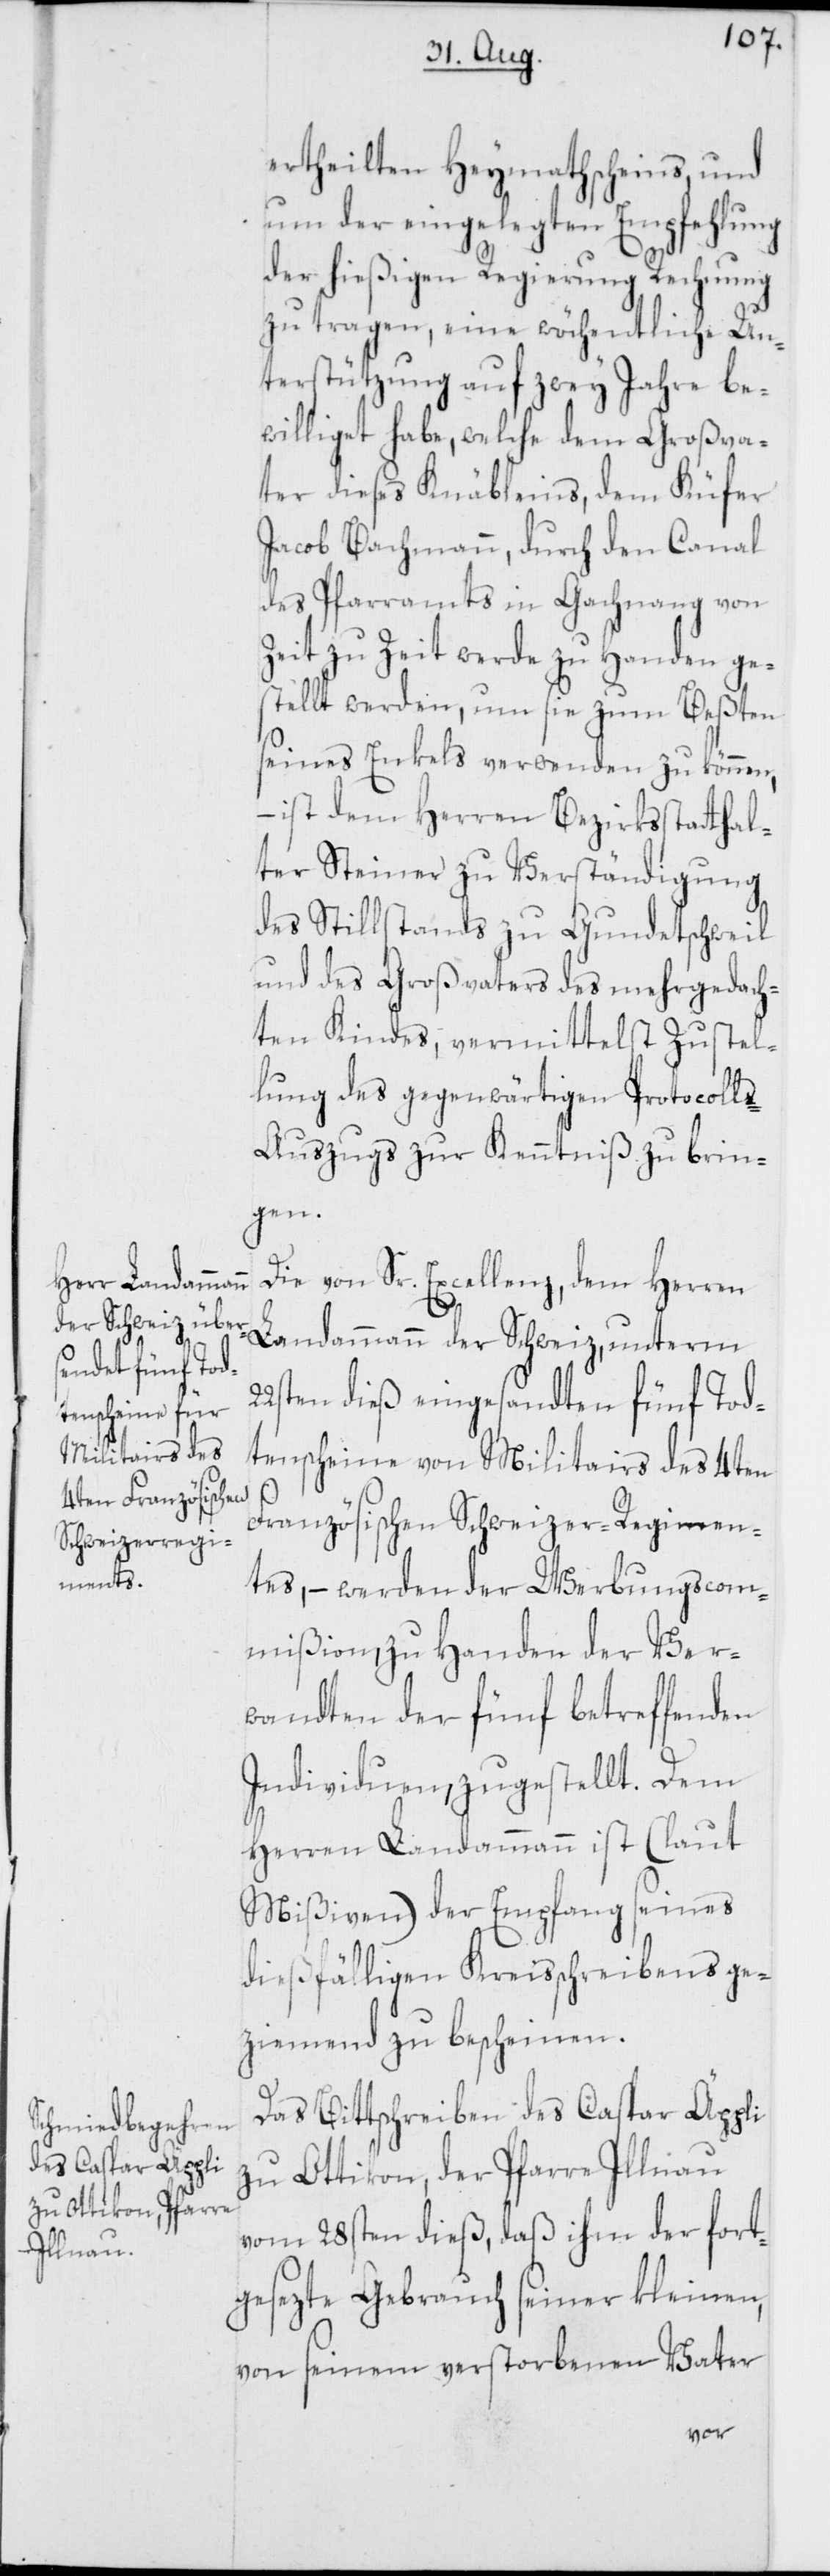
ertheilten Heymathscheins, und
um der eingelegten Empfehlung
22s¬
der hießigen Regierung Rechnung
zu tragen, eine wöchentliche Un¬
terstützung auf zwey Jahre be¬
williget habe, welche dem Großva¬
ter dieses Knäbleins, dem Küfer
Jacob Bachmann, durch den Canal
des Pfarramts in Gachnang von
Zeit zu Zeit werde zu Handen ges¬
tellt werden, um sie zum Beßten
seines Enkels verwenden zu können,
– ist dem Herren Bezirksstatthal¬
ter Steiner zu Verständigung
des Stillstands zu Gundetschweil
und des Großvaters des mehrgedach¬
ten Kindes, vermittelst Zustel¬
lung des gegenwärtigen Protocoll¬
s-Auszugs zur Kenntniß zu brin¬
gen.
Die von Sr. Excellenz, dem Herren
Landammann der Schweiz, unterm
ten dieß eingesandten fünf Tod¬
tenscheine von Militairs des 4ten
Französischen Schweizer-Regimen¬
tes, – werden der Werbungscom¬
mißion zu Handen der Ver¬
wandten der fünf betreffenden
Individuen, zugestellt. Dem
Herren Landammann ist (laut
Mißiven) der Empfang seines
dießfälligen Kreisschreibens ge¬
ziemend zu bescheinen.
Das Bittschreiben des Caspar Äppli
zu Ottikon, der Pfarre Illnau
vom 28sten dieß, daß ihm der fort¬
gesezte Gebrauch seiner kleinen,
von seinem verstorbenen Vater